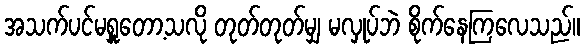
အသက်ပင်မရှူတော့သလို တုတ်တုတ်မျှ မလှုပ်ဘဲ စိုက်နေကြလေသည်။